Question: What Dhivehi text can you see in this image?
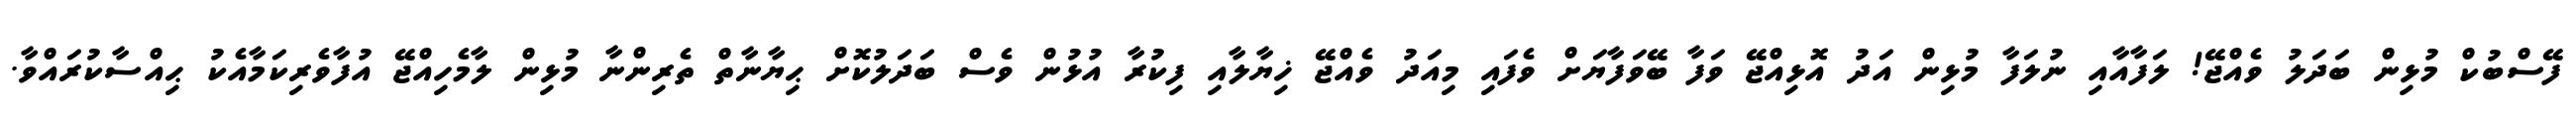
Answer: ފޭސްބުކް މުޅިން ބަދަލު ވެއްޖޭ! ލަފާއާއި ނުލަފާ މުޅިން އަދު އޮޅިއްޖޭ ވަފާ ބޭވަފާޔަށް ވެފައި މިއަދު ވެއްޖޭ ޚިޔާލާއި ފިކުރާ އުޅުން ވެސް ބަދަލުކޮށް ޙިޔާނާތް ތެރިންނާ މުޅިން ލާމެހިއްޖޭ އުފާވެރިކަމާއެކު ޙިއްސާކުރައްވާ.